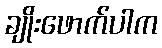
ချိုးဖောက်ပါက